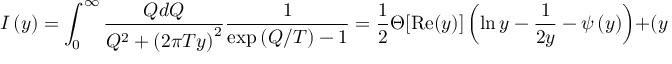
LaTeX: I \left( y \right) = \int _ { 0 } ^ { \infty } \frac { Q d Q } { Q ^ { 2 } + \left( 2 \pi T y \right) ^ { 2 } } \frac 1 { \exp \left( Q / T \right) - 1 } = \frac 1 2 \Theta [ \mathrm { R e } ( y ) ] \left( \ln y - \frac 1 { 2 y } - \psi \left( y \right) \right) + ( y \leftrightarrow - y ) ,